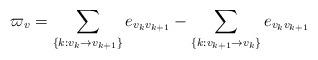
LaTeX: \begin{align*}\varpi _{v}=\sum_{\left\{ k:v_{k}\rightarrow v_{k+1}\right\}}e_{v_{k}v_{k+1}}-\sum_{\left\{ k:v_{k+1}\rightarrow v_{k}\right\}}e_{v_{k}v_{k+1}} \end{align*}